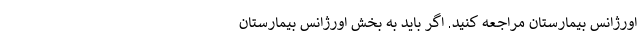
اورژانس بیمارستان مراجعه کنید. اگر باید به بخش اورژانس بیمارستان